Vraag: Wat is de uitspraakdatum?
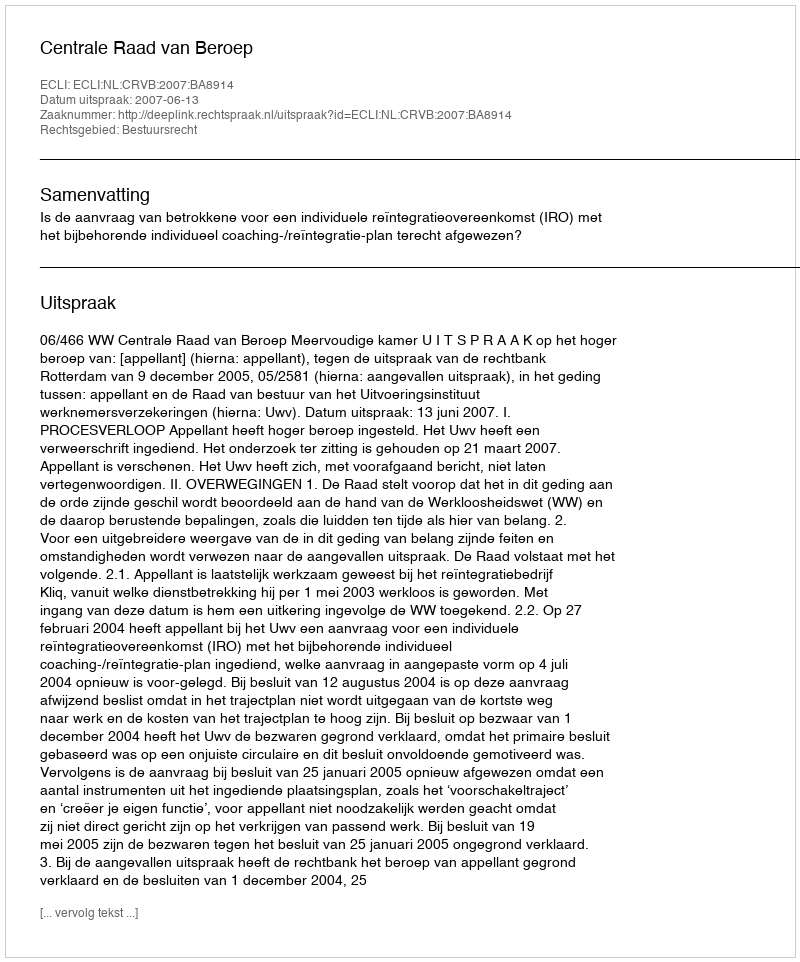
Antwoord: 2007-06-13